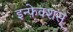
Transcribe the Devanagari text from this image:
इन्फ़ेक्शस्